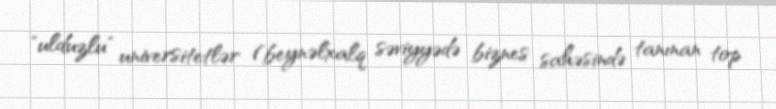
"ulduzlu" universitetlər (beynəlxalq səviyyədə biznes sahəsində tanınan top